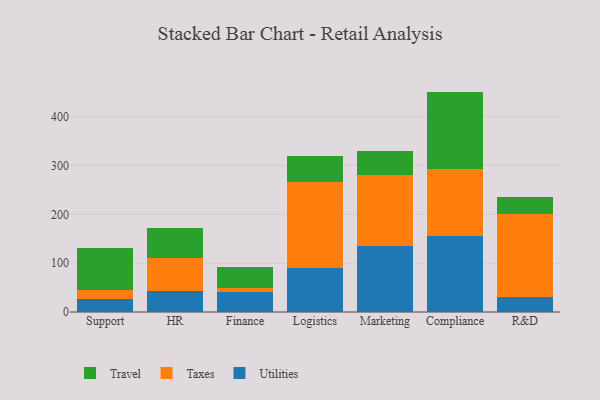
{"axis": {"x": "Department", "y": "Conversion Rate (%)"}, "legend": ["Taxes", "Travel", "Utilities"], "data": [{"x": "Support", "y": 26.3, "type": "Utilities"}, {"x": "Support", "y": 19.5, "type": "Taxes"}, {"x": "Support", "y": 85.0, "type": "Travel"}, {"x": "HR", "y": 42.6, "type": "Utilities"}, {"x": "HR", "y": 67.5, "type": "Taxes"}, {"x": "HR", "y": 62.5, "type": "Travel"}, {"x": "Finance", "y": 40.5, "type": "Utilities"}, {"x": "Finance", "y": 9.1, "type": "Taxes"}, {"x": "Finance", "y": 41.7, "type": "Travel"}, {"x": "Logistics", "y": 90.6, "type": "Utilities"}, {"x": "Logistics", "y": 176.3, "type": "Taxes"}, {"x": "Logistics", "y": 53.3, "type": "Travel"}, {"x": "Marketing", "y": 136.1, "type": "Utilities"}, {"x": "Marketing", "y": 144.9, "type": "Taxes"}, {"x": "Marketing", "y": 49.1, "type": "Travel"}, {"x": "Compliance", "y": 155.3, "type": "Utilities"}, {"x": "Compliance", "y": 138.0, "type": "Taxes"}, {"x": "Compliance", "y": 158.4, "type": "Travel"}, {"x": "R&D", "y": 30.5, "type": "Utilities"}, {"x": "R&D", "y": 170.9, "type": "Taxes"}, {"x": "R&D", "y": 33.3, "type": "Travel"}]}